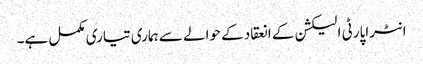
انٹراپارٹی الیکشن کے انعقاد کے حوالے سے ہماری تیاری مکمل ہے۔